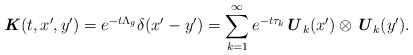
\begin{align*} \textbf{\textit{K}}(t,x^{\prime},y^{\prime}) = e^{-t\Lambda_g} \delta(x^{\prime} - y^{\prime}) = \sum_{k=1}^{\infty} e^{-t\tau_k} \textbf{\textit{U}}_k(x^{\prime}) \otimes \textbf{\textit{U}}_k(y^{\prime}).\end{align*}